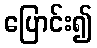
ပြောင်း၍